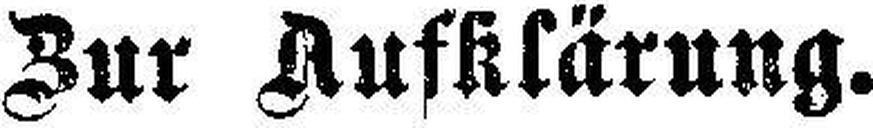
Zur Aufklärung.